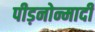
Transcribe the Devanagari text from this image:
पीड़नोन्मादी